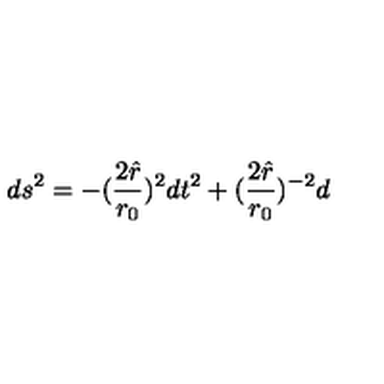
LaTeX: d s ^ { 2 } = - ( { \frac { 2 \hat { r } } { r _ { 0 } } } ) ^ { 2 } d t ^ { 2 } + ( { \frac { 2 \hat { r } } { r _ { 0 } } } ) ^ { - 2 } d